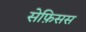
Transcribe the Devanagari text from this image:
सेफ़िसस